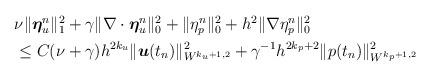
LaTeX: \begin{align*}\begin{aligned}&\nu\|\boldsymbol{\eta}_u^n\|_1^2+\gamma\| \nabla\cdot\boldsymbol{\eta}_u^n\|_0^2+\|\eta_p^n\|_0^2+h^2 \|\nabla\eta_p^n\|_0^2 \\ &\leq C (\nu+ \gamma)h^{2k_u}\|\boldsymbol{u}(t_n)\|_{W^{k_u+1,2}}^2+\gamma^{-1}h^{2k_p+2}\|p(t_n)\|_{W^{k_p+1,2}}^2 \end{aligned}\end{align*}